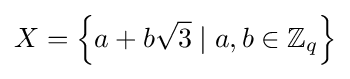
X=\left\{a+b{\sqrt {3}}\mid a,b\in \mathbb {Z} _{q}\right\}